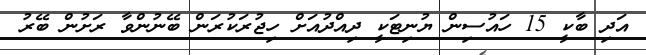
އަދި ބާކީ 15 ހައުސިން ޔުނިޓަކީ ދިއްދުއަށް ހިޖުރަކުރަން ބޭނުންވާ ރަށުން ބޭރު